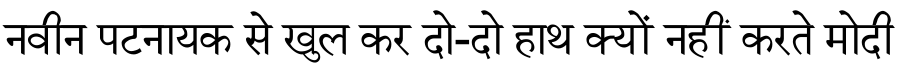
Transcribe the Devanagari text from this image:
नवीन पटनायक से खुल कर दो-दो हाथ क्यों नहीं करते मोदी